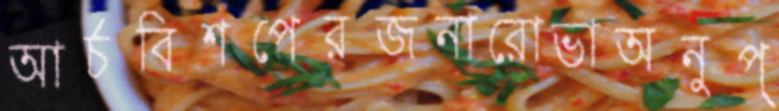
আর্চবিশপেরজনারোভাঅনুপ্